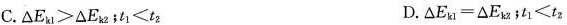
C.$$\Delta E _ { k 1 } > \Delta E _ { k 2 }$$﹔$$t _ { 1 } < t _ { 2 }$$ D. $$\Delta E _ { k 1 } = \Delta E _ { k 2 }$$;$$t _ { 1 } < t _ { 2 }$$